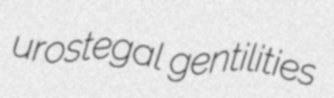
urostegal gentilities